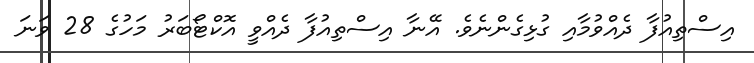
އިސްތިއުފާ ދެއްވުމާއި ގުޅިގެންނެވެ. އޭނާ އިސްތިއުފާ ދެއްވީ އޮކްޓޯބަރު މަހުގެ 28 ވަނަ